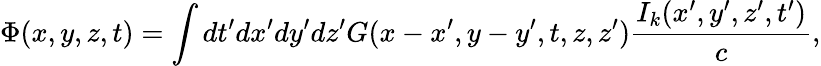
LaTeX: \Phi(x,y,z,t)=\int dt{'}dx{'}dy{'}dz{'}G(x-x^{\prime},y-y^{\prime},t,z,z{'})\frac{{I_{k}(x{'},y{'},z{'},t{'})}}{c},